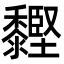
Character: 䵛